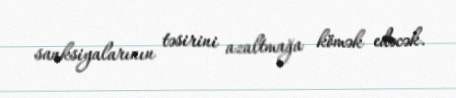
sanksiyalarının təsirini azaltmağa kömək edəcək.